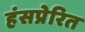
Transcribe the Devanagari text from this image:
हंसप्रेरित